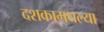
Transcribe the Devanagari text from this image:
दशकामधल्या